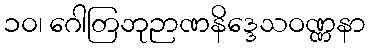
၁၀၊ ဂေါတြဘုဉာဏနိဒ္ဒေသဝဏ္ဏနာ